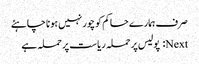
صرف ہمارے حاکم کو چور نہیں ہونا چاہئے
Next: پولیس پر حملہ ریاست پر حملہ ہے